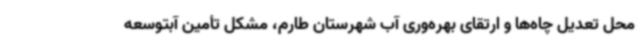
محل تعدیل چاه‌ها و ارتقای بهره‌وری آب شهرستان طارم، مشکل تأمین آبتوسعه